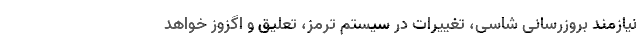
نیازمند بروزرسانی شاسی، تغییرات در سیستم ترمز، تعلیق و اگزوز خواهد